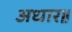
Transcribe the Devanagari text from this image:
अधार॥